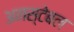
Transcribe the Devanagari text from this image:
अनस्टेबल